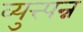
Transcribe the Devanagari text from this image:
व्युत्त्पन्न